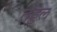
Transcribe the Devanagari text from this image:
तंड्डल